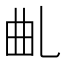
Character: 𠃪